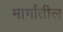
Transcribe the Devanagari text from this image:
मार्गांतील